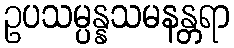
ဥပသမ္ပန္နသမနန္တရာ